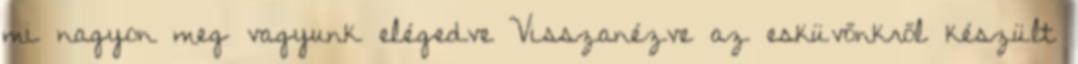
mi nagyon meg vagyunk elégedve Visszanézve az esküvőnkről készült